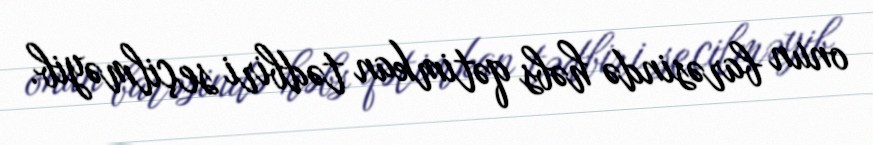
onun barəsində həbs qətimkan tədbiri seçilməyib.